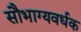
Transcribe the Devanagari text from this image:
सौभाग्यवर्धक